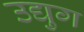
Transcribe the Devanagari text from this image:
उद्युग